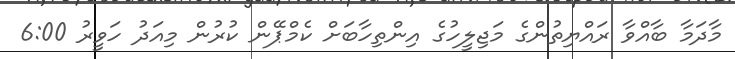
މާދަމާ ބާއްވާ ރައްޔިތުންގެ މަޖިލީހުގެ އިންތިހާބަށް ކެމްޕޭން ކުރުުން މިއަދު ހަވީރު 6:00